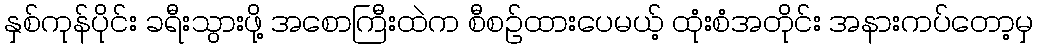
နှစ်ကုန်ပိုင်း ခရီးသွားဖို့ အစောကြီးထဲက စီစဉ်ထားပေမယ့် ထုံးစံအတိုင်း အနားကပ်တော့မှ